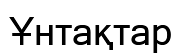
Ұнтақтар